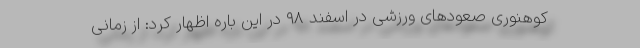
کوهنوری صعود‌های ورزشی در اسفند ۹۸ در این باره اظهار کرد: از زمانی